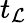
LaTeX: t_{\mathcal{L}}